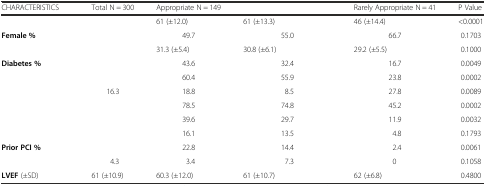
<table><thead><tr><td><b>CHARACTERISTICS</b></td><td><b>Total N = 300</b></td><td><b>Appropriate N = 149</b></td><td>[EMPTY_CELL]</td><td><b>Rarely Appropriate N = 41</b></td><td><b>P Value</b></td></tr></thead><tbody><tr><td>[EMPTY_CELL]</td><td>[EMPTY_CELL]</td><td>61 (±12.0)</td><td>61 (±13.3)</td><td>46 (±14.4)</td><td>&lt;0.0001</td></tr><tr><td><b>Female %</b></td><td>[EMPTY_CELL]</td><td>49.7</td><td>55.0</td><td>66.7</td><td>0.1703</td></tr><tr><td>[EMPTY_CELL]</td><td>[EMPTY_CELL]</td><td>31.3 (±5.4)</td><td>30.8 (±6.1)</td><td>29.2 (±5.5)</td><td>0.1000</td></tr><tr><td><b>Diabetes %</b></td><td>[EMPTY_CELL]</td><td>43.6</td><td>32.4</td><td>16.7</td><td>0.0049</td></tr><tr><td>[EMPTY_CELL]</td><td>[EMPTY_CELL]</td><td>60.4</td><td>55.9</td><td>23.8</td><td>0.0002</td></tr><tr><td>[EMPTY_CELL]</td><td>16.3</td><td>18.8</td><td>8.5</td><td>27.8</td><td>0.0089</td></tr><tr><td>[EMPTY_CELL]</td><td>[EMPTY_CELL]</td><td>78.5</td><td>74.8</td><td>45.2</td><td>0.0002</td></tr><tr><td>[EMPTY_CELL]</td><td>[EMPTY_CELL]</td><td>39.6</td><td>29.7</td><td>11.9</td><td>0.0032</td></tr><tr><td>[EMPTY_CELL]</td><td>[EMPTY_CELL]</td><td>16.1</td><td>13.5</td><td>4.8</td><td>0.1793</td></tr><tr><td><b>Prior PCI %</b></td><td>[EMPTY_CELL]</td><td>22.8</td><td>14.4</td><td>2.4</td><td>0.0061</td></tr><tr><td>[EMPTY_CELL]</td><td>4.3</td><td>3.4</td><td>7.3</td><td>0</td><td>0.1058</td></tr><tr><td><b>LVEF</b> (±SD)</td><td>61 (±10.9)</td><td>60.3 (±12.0)</td><td>61 (±10.7)</td><td>62 (±6.8)</td><td>0.4800</td></tr></tbody></table>